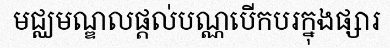
មជ្ឈមណ្ឌលផ្តល់បណ្ណបើកបរក្នុងផ្សារ